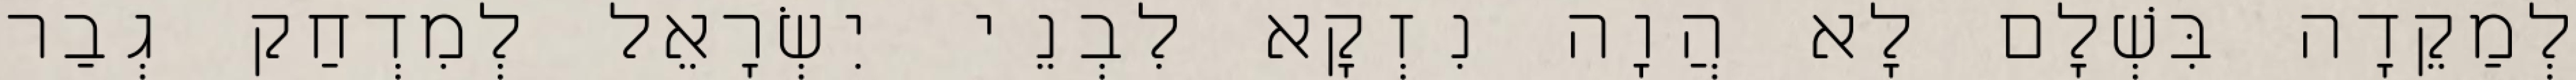
לְמַקֵדָה בִּשְׁלָם לָא הֲוָה נִזְקָא לִבְנֵי יִשְׂרָאֵל לְמִדְחַק גְבַר